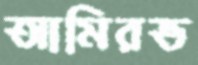
আমিরভ